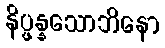
နိပ္ဖန္နသောဘိနော